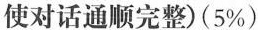
使对话通顺完整)(5\%)